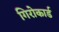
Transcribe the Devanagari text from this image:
गिरोकार्ड